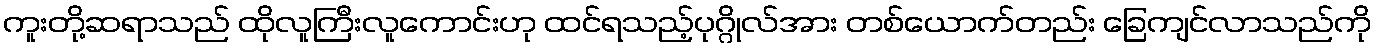
ကူးတို့ဆရာသည် ထိုလူကြီးလူကောင်းဟု ထင်ရသည့်ပုဂ္ဂိုလ်အား တစ်ယောက်တည်း ခြေကျင်လာသည်ကို